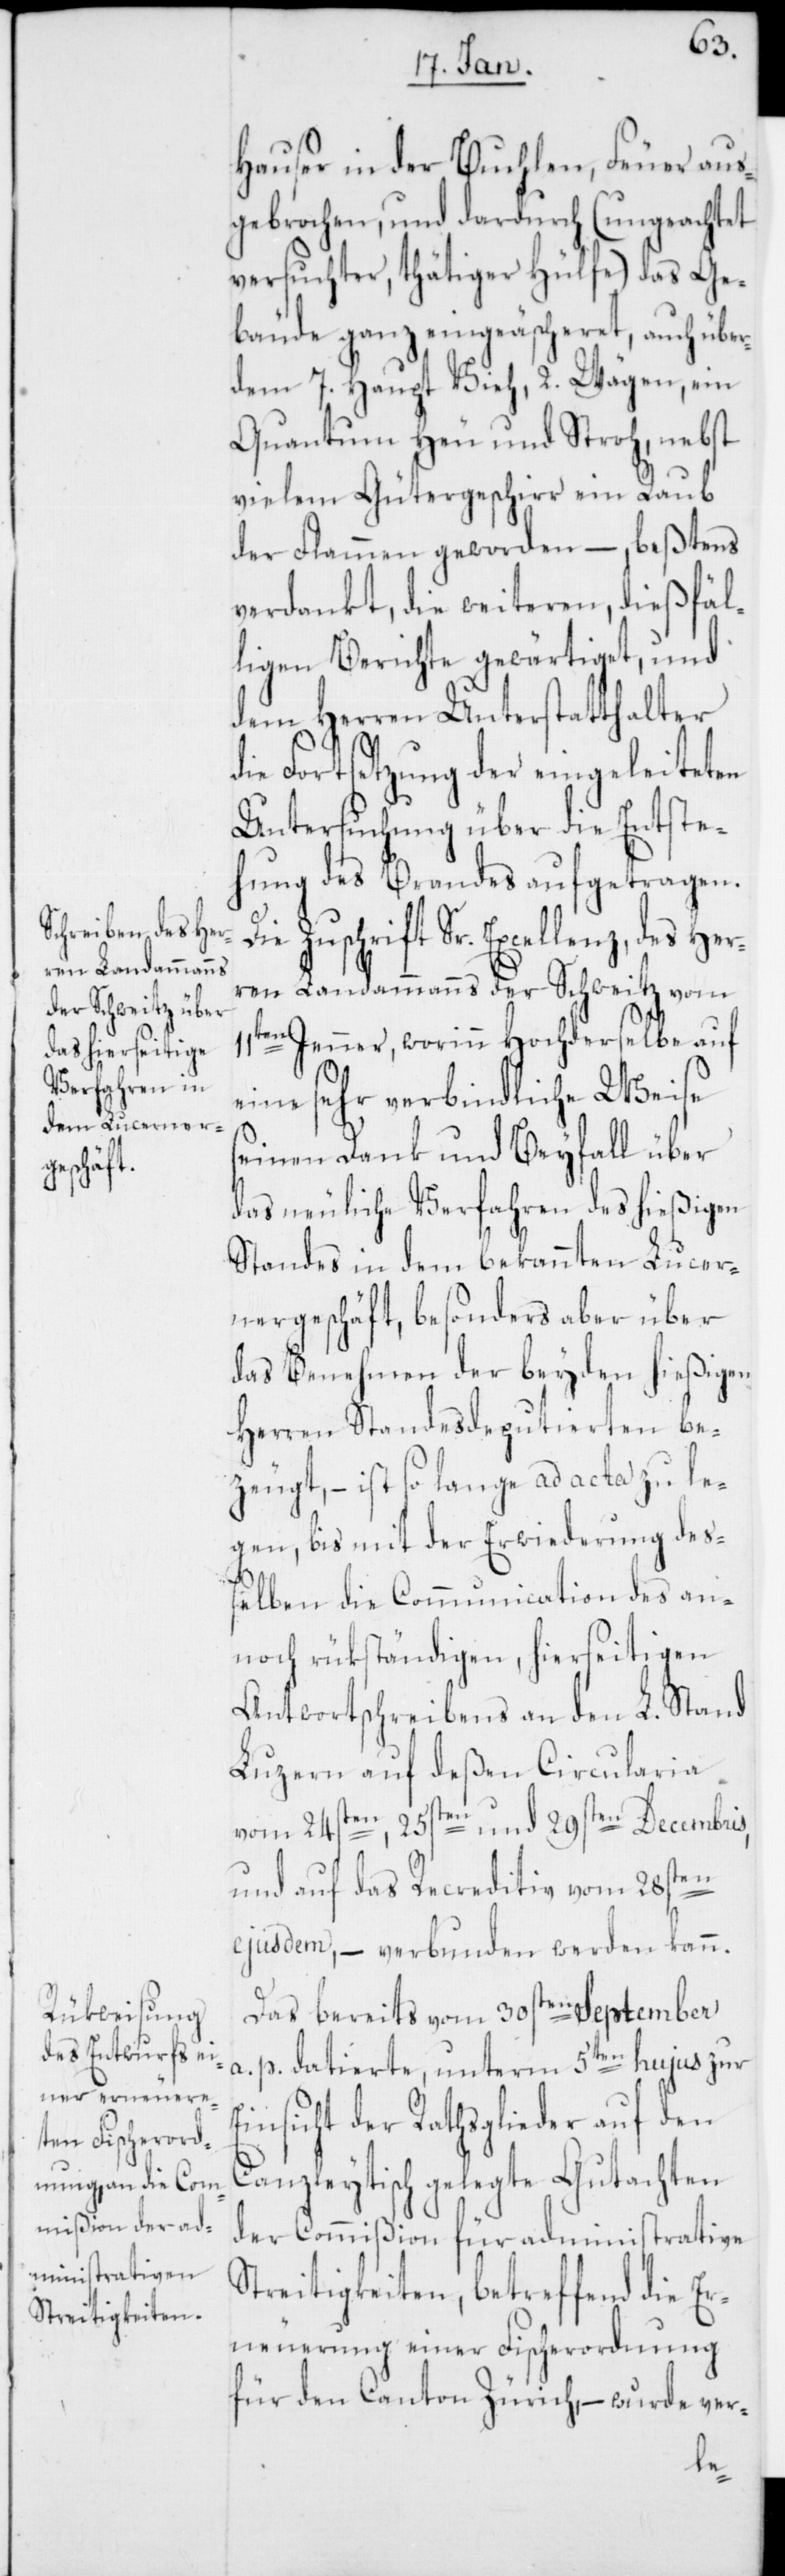
Hauser in der Buchlen, Feuer aus¬
gebrochen, und dardurch (ungeachtet
versuchter, thätiger Hülfe) das Ge¬
bäude ganz eingeäscheret, auch über
dem 7. Haupt Vieh, 2. Wägen, ein
Quantum Heu und Stroh, nebst
vielem Gütergeschirr ein Raub
der Flammen geworden, – bestens
verdankt, die weiteren, dießfäl¬
ligen Berichte gewärtiget, und
dem Herren Unterstatthalter
die Fortsetzung der eingeleiteten
Untersuchung über die Entste¬
hung des Brandes aufgetragen.
Zuschrift Sr. Excellenz, des He¬
rren Landammanns der Schweitz vom
11ten Jenner, worinn hochderselbe auf
eine sehr verbindliche Weise
seinen Dank und Beyfall über
das neuliche Verfahren des hießigen
Standes in dem bekannten Lucer¬
nergeschäft, besonders aber über
das Benehmen der beyden hießigen
Herren Standesdeputierten be¬
zeugt, – ist so lange ad acta zu le¬
gen, bis mit der Erwiederung deß¬
elben die Communication des an¬
noch rükständigen, hierseitigen
Antwortschreibens an den L. Stand
Luzern auf deßen Circularia
vom 24sten, 25sten und 29sten Decembris,
und auf das Recreditiv vom 28sten
ejusdem, – verbunden werden kann.
Das bereits vom 30sten September
a. p. datierte, unterm 5ten hujus zur
Einsicht der Rathsglieder auf den
Canzleytisch gelegte Gutachten
der Commißion für administrative
Streitigkeiten, betreffend die Er¬
neuerung einer Fischerordnung
für den Canton Zürich, – wurde ver-